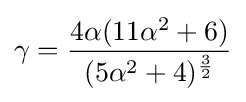
\gamma ={\frac {4\alpha (11\alpha ^{2}+6)}{(5\alpha ^{2}+4)^{\frac {3}{2}}}}